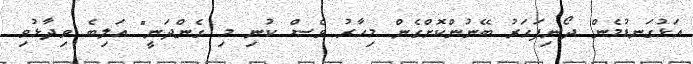
އަޅުގަނޑުމެން ދޯނިފަހަރު ބޭނުންކޮށްގެން މިހާރު ވެސް ކުނި މި ގެންދަނީ" އަލިބެ ވިދާޅުވި